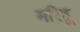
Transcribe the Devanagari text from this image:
मरिहू